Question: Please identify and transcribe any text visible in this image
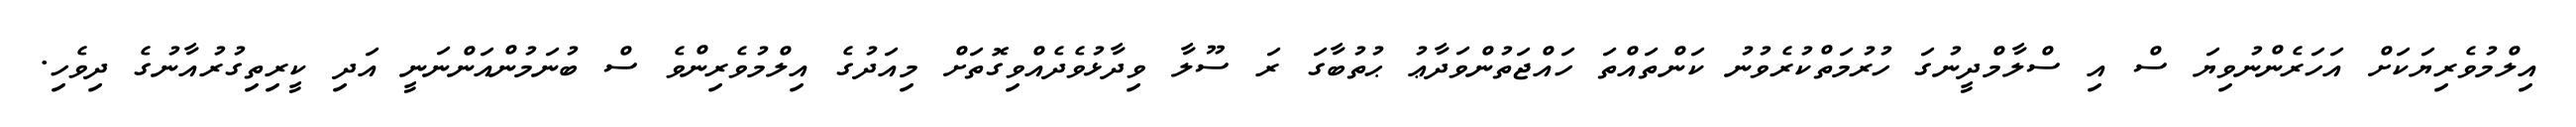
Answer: އިލްމުވެރިޔަކަށް އަހަރެންނުވިޔަ ސް އި ސްލާމްދީނުގަ ހުރުމަތްކުރެވުނު ކަންތައްތަ ހައްޖަތުންވަދާޢު ޙުތުބާގަ ރަ ސޫލާ ވިދާޅުވެދެއްވިގޮތަށް މިއަދުގެ އިލްމުވެރިންވެ ސް ބުނަމުންއަންނަނީ އަދި ކީރިތިގުރުއާނުގެ ދިވެހި.